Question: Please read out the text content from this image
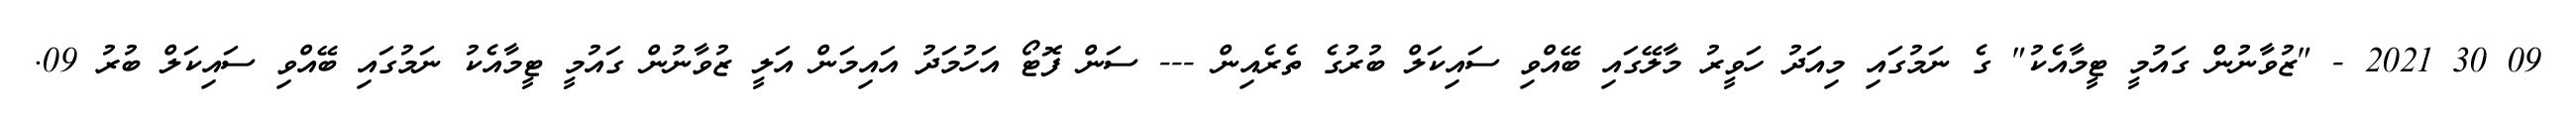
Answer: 09 30 2021 - "ޒުވާނުން ގައުމީ ޓީމާއެކު" ގެ ނަމުގައި މިއަދު ހަވީރު މާލޭގައި ބޭއްވި ސައިކަލް ބުރުގެ ތެރެއިން --- ސަން ފޮޓޯ އަހުމަދު އައިމަން އަލީ ޒުވާނުން ގައުމީ ޓީމާއެކު ނަމުގައި ބޭއްވި ސައިކަލް ބުރު 09.